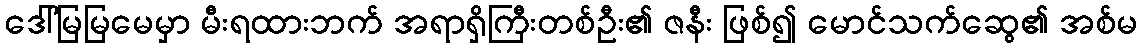
ဒေါ်မြမြမေမှာ မီးရထားဘက် အရာရှိကြီးတစ်ဦး၏ ဇနီး ဖြစ်၍ မောင်သက်ဆွေ၏ အစ်မ